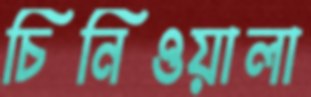
চিনিওয়ালা